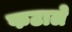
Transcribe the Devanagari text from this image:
फटाले